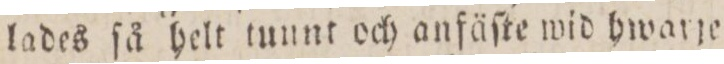
lades ſå helt tunnt och anfäſte wid hwarje